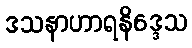
ဒသနာဟာရနိဒ္ဒေသ